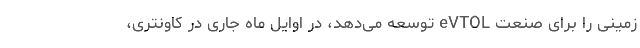
زمینی را برای صنعت eVTOL توسعه می‌دهد، در اوایل ماه جاری در کاونتری،